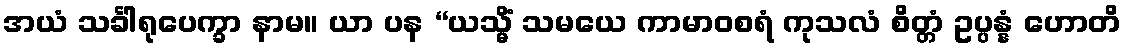
အယံ သင်္ခါရုပေက္ခာ နာမ။ ယာ ပန “ယသ္မိံ သမယေ ကာမာဝစရံ ကုသလံ စိတ္တံ ဥပ္ပန္နံ ဟောတိ